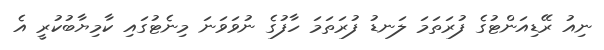
ނިއު ރޭޑިއަންޓުގެ ފުރަތަމަ ލަނޑު ފުރަތަމަ ހާފުގެ ނުވަވަނަ މިނެޓުގައި ކާމިޔާބުކުރީ އެ